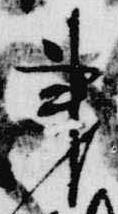
秉